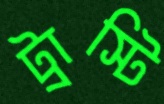
ট্রাস্টি